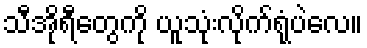
သီအိုရီတွေကို ယူသုံးလိုက်ရုံပဲလေ။